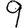
Digit: 9